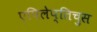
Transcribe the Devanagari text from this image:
एपिलेप्तिचुस